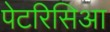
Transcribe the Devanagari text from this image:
पेटरिसिआ